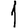
Digit: 1